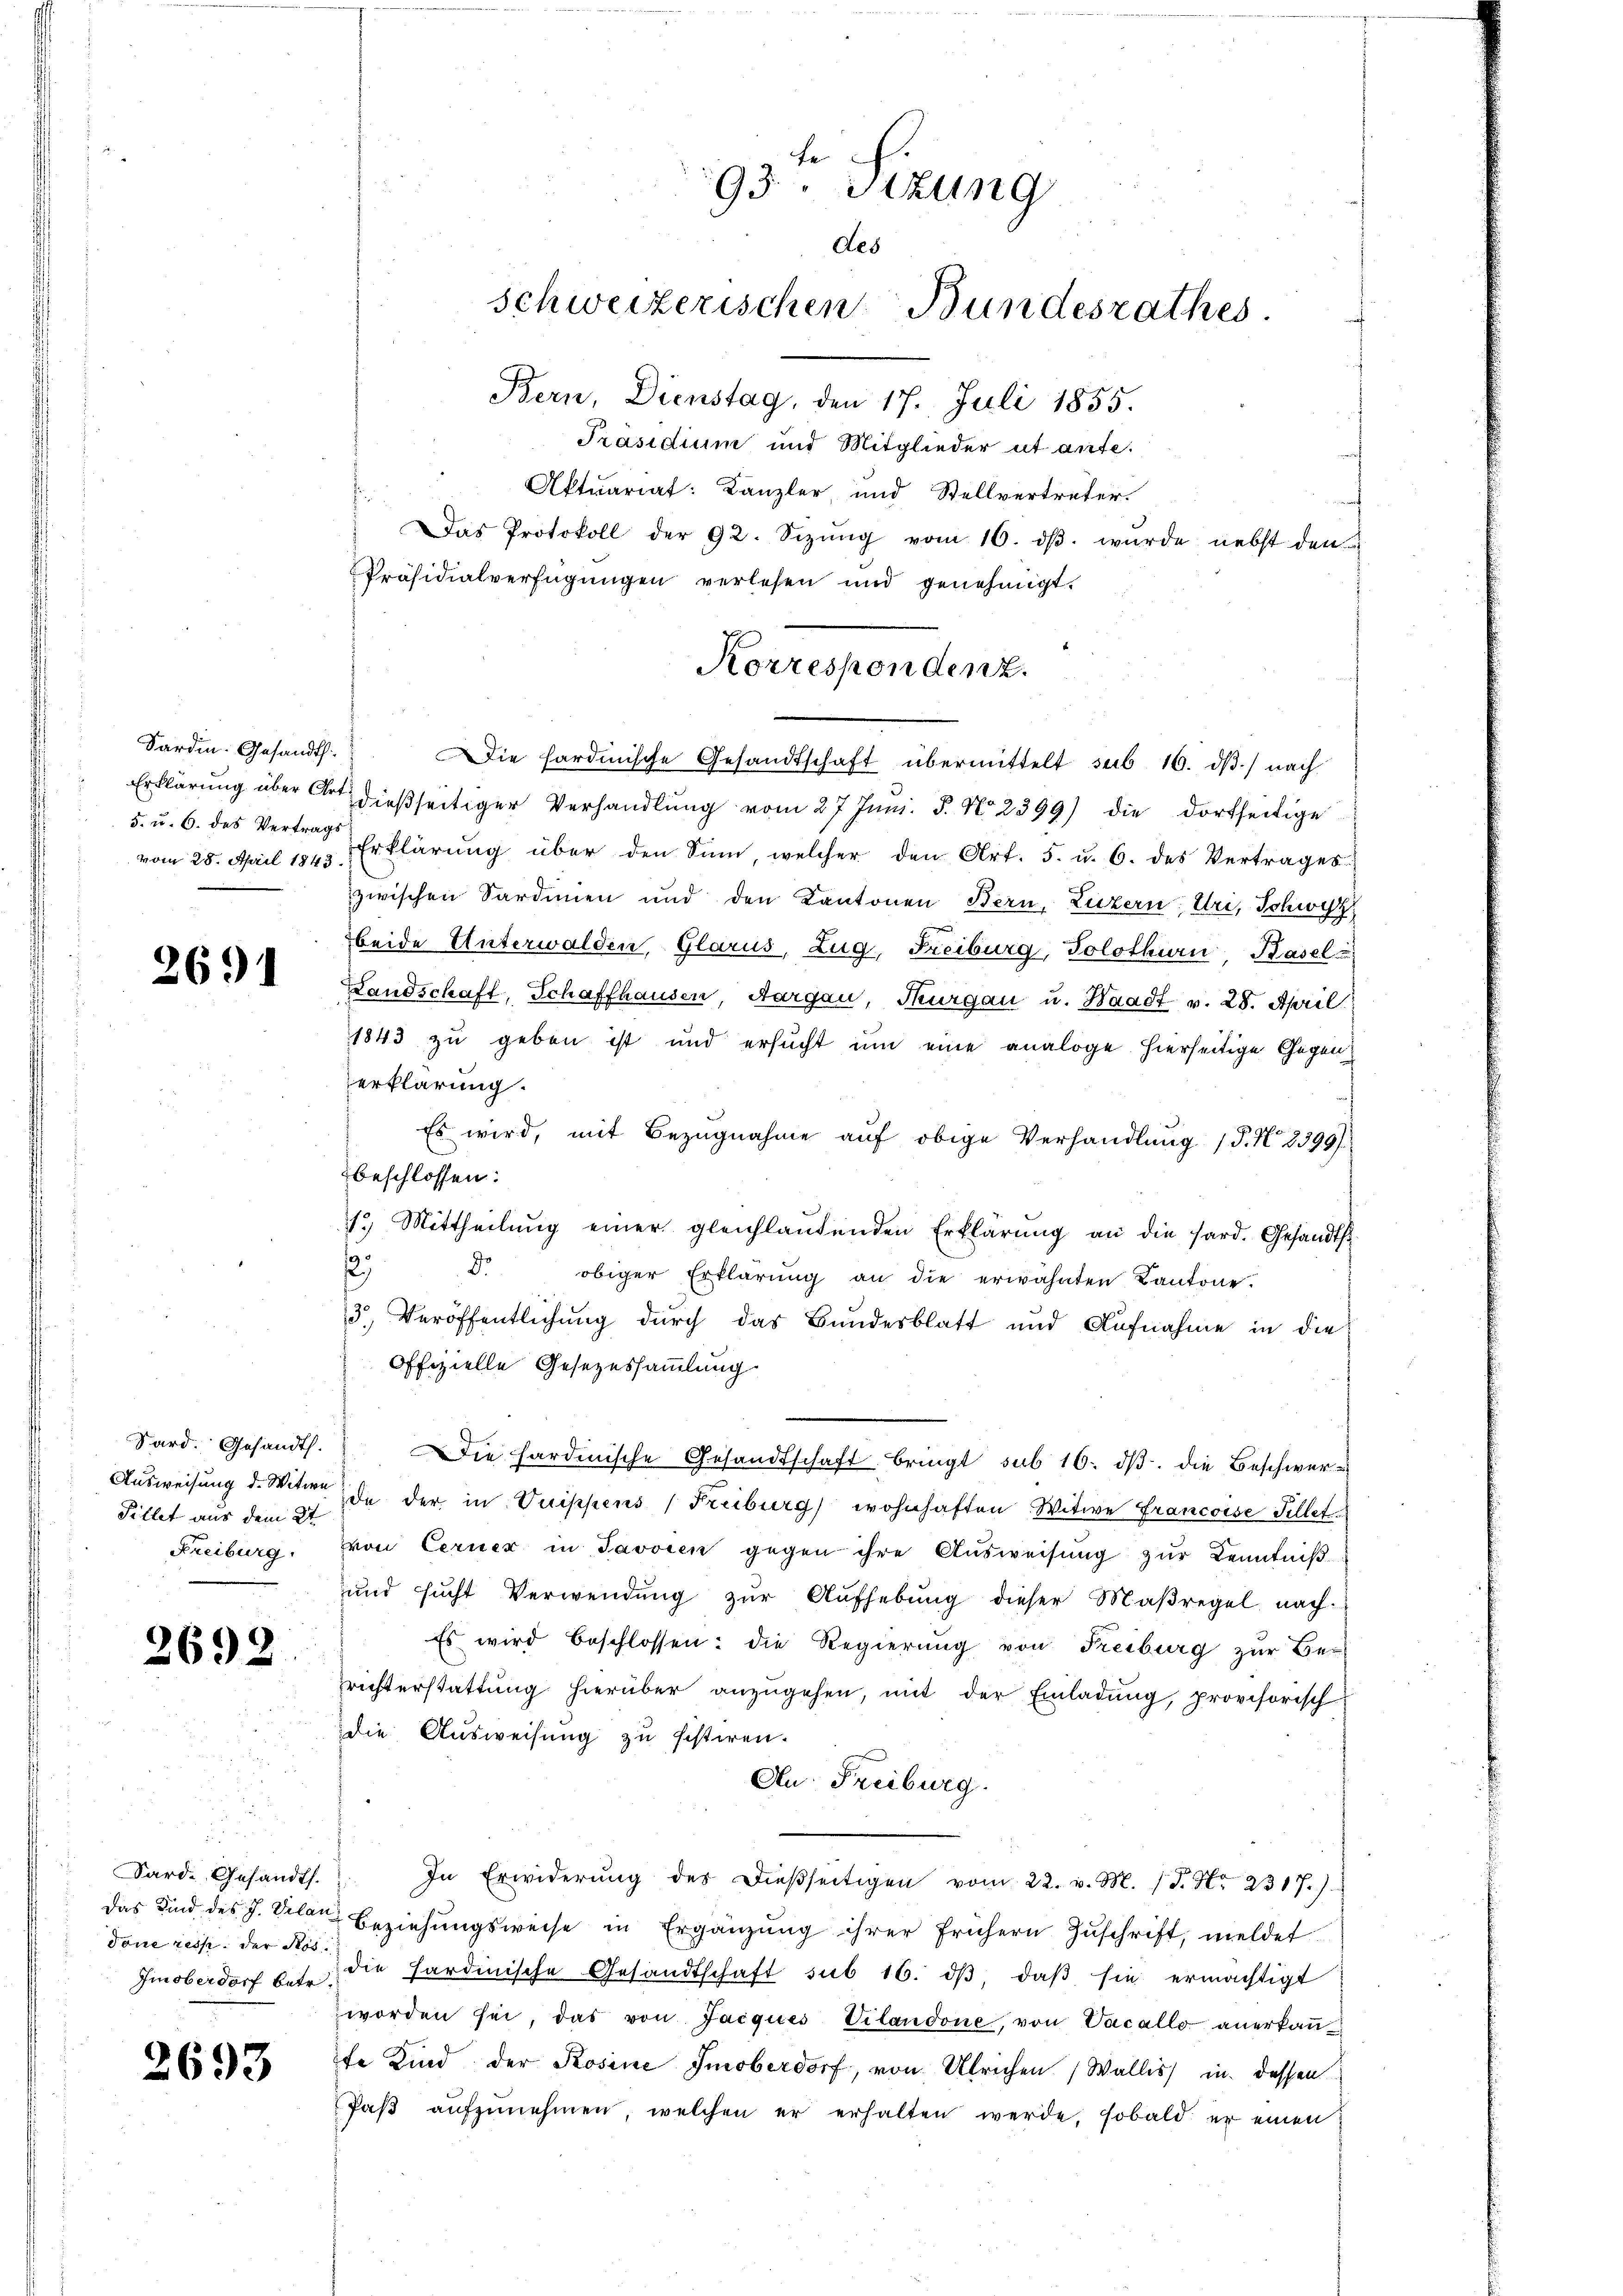
Sardin. Gesandt.
5. u. 6. des Vertrags
vom 28. April 1843.

2691

Sard. Gesandth.
Ausweisung d. Witwe
Fillet aus dem 2t
Freiburg.

2692

.
Sard. Gesandt.
Das Kind des J. Velan
done reis der Ros
Im oberdorf betr.

2693

93ten Sizung
des
schweizerischen Bundesrathes.
Bern, Dienstag, den 17. Juli 1855.

Präsidium und Mitglieder ut aufe¬
Aktuariat: Kanzler, und Stellvertreter.
Das Protokoll der 92. Sizŭng vom 16. dβ. wurde nebst den
Präsidialverfügŭngen verlesen und genehmigt.
Die hardinische Gesandtschaft übermittelt sub 16. dβ) nach
Erklärung über dießseitiger Verhandlŭng vom 27 Juni. S. No. 2399) die dortseitige
Erklärung über den Sinn, welcher den Art. 5. u. 6. des Vertrages
zwischen Sardinien und den Kantonen Bern, Luzern, Uri, Schwyz
beide Unterwalden, Glarus, Zug, Freiburg, Solothurn, Basel-
Handschaft, Schaffhausen, Aargau, Thurgau u. Waadt v. 28. April
1843 zu geben ist und ersucht um eine analoge hierseitige Gegenerklärung.
Es wird, mit Bezugnahme auf obige Verhandlung (P.N 8399)
beschlossen:
1.) Mittheilŭng einer gleichlaŭfenden Erklärŭng an die sard. Gesandts
2
obiger Erklärung an die erwähnten Kantone.
3.) Veröffentlichung durch das Bundesblatt und Aufnahme in die
Offizielle Gesezessammlung.
Die hardinische Gesandtschaft bringt sub 16. dβ. die Beschwerde der in Vuippens (Freiburg wohnhaften Witwe Francoise Fellet
von Cerner in Javvien gegen ihre Aŭsweisung zŭr Kenntniß
und sucht Verwendung zŭr Aŭfhebung dieser Maßregel nach
Es wird beschlossen: die Regierŭng von Freiburg zŭr Be-
richterstattung hierüber anzugehen, mit der Einladung, provisorisch
die Ausweisung zu sistiren.
An Freiburg.
In Erwiderŭng des dießseitigen vom 22. v. M. P. Nr. 2317.)
Beziehungsweise in Ergänzung ihrer frühern Zuschrift, meldet
die Hardinische Gesandtschaft sub 16. dβ daβ sie ermächtigt
worden sei, das von Jacques Vilandone, von Vacallo anerkaṅ-
te Kind der Rosine Imoberdorf, von Ulrichen (Wallis in dessen
Paβ aŭfzŭnehmen, welchen er erhalten werde, sobald er einen

Korrespondenz.